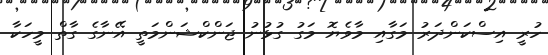
ހުރީ އިސްކަންދަރު މަގާއި މާވެޔޮ މަގު ގުޅުނު ޖަންކްޝަންމަތީ އޭނާގެ ގާތް މީހަކާ